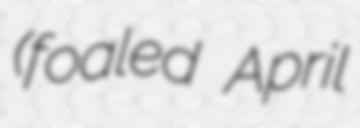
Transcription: (foaled April